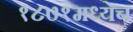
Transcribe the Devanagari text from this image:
१८७१मध्येच